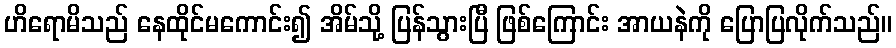
ဟိရောမိသည် နေထိုင်မကောင်း၍ အိမ်သို့ ပြန်သွားပြီ ဖြစ်ကြောင်း အာယနဲကို ပြောပြလိုက်သည်။